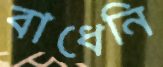
বাধেনি